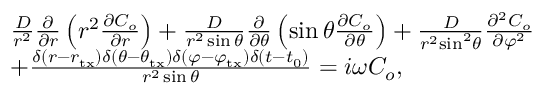
\begin{array} { r l } & { \frac { D } { { { r ^ { 2 } } } } \frac { \partial } { { \partial r } } \left( { r ^ { 2 } } \frac { { \partial C _ { o } } } { { \partial r } } \right) + \frac { D } { { { r ^ { 2 } } \sin \theta } } \frac { \partial } { { \partial \theta } } \left( \sin \theta \frac { { \partial C _ { o } } } { { \partial \theta } } \right) + \frac { D } { { { r ^ { 2 } } { { \sin } ^ { 2 } } \theta } } \frac { { { \partial ^ { 2 } } C _ { o } } } { { \partial { \varphi ^ { 2 } } } } } \\ & { + \frac { { \delta ( r - { r _ { \mathrm { t x } } } ) \delta ( \theta - \theta _ { \mathrm { t x } } ) \delta ( \varphi - \varphi _ { \mathrm { t x } } ) \delta ( t - t _ { 0 } ) } } { r ^ { 2 } \sin \theta } = i \omega C _ { o } , } \end{array}